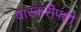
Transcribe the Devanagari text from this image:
वारकरीपंथी